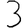
Digit: 3